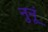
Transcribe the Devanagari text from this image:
नुनूं